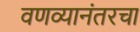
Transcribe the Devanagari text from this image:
वणव्यानंतरचा